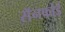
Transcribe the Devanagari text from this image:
सॅनफोर्ड